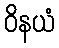
ဝိနယံ